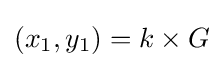
(x_{1},y_{1})=k\times G